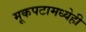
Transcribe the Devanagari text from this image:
मूकपटामध्येही